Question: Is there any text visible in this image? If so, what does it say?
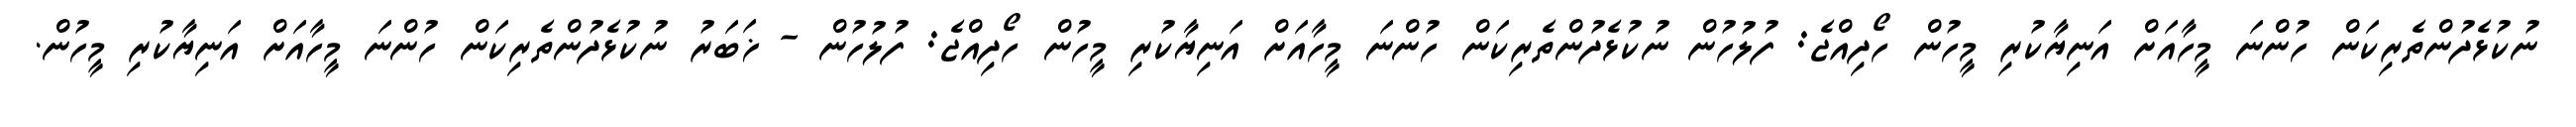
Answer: ނުކުޅެދުންތެރިކަން ހުންނަ މީހާއަށް އަނިޔާކުރި މީހުން ހޯދިއްޖެ: ފުލުހުން ނުކުޅެދުންތެރިކަން ހުންނަ މީހާއަށް އަނިޔާކުރި މީހުން ހޯދިއްޖެ: ފުލުހުން - ޚަބަރު ނުކުޅެދުންތެރިކަން ހުންނަ މީހާއަށް އަނިޔާކުރި މީހުން.